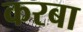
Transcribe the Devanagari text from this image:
करबा